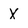
Character: X